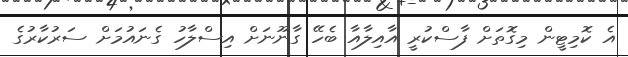
އެ ކޮމިޓީން މިގޮތަށް ފާސްކުރީ އާއިލާއާ ބެހޭ ގާނޫނަށް އިސްލާހު ގެނައުމަށް ސަރުކާރުގެ